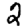
Digit: 2